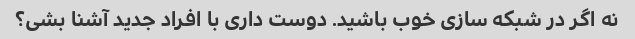
نه اگر در شبکه سازی خوب باشید. دوست داری با افراد جدید آشنا بشی؟